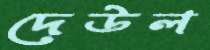
দেউল